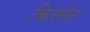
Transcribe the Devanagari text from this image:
किंगमैन